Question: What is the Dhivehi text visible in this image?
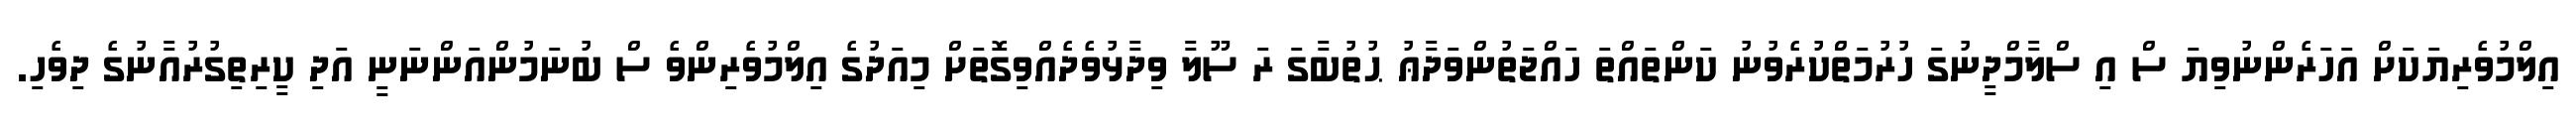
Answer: އިލްމުވެރިޔަކަށް އަހަރެންނުވިޔަ ސް އި ސްލާމްދީނުގަ ހުރުމަތްކުރެވުނު ކަންތައްތަ ހައްޖަތުންވަދާޢު ޙުތުބާގަ ރަ ސޫލާ ވިދާޅުވެދެއްވިގޮތަށް މިއަދުގެ އިލްމުވެރިންވެ ސް ބުނަމުންއަންނަނީ އަދި ކީރިތިގުރުއާނުގެ ދިވެހި.